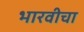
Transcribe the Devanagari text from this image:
भारवीचा